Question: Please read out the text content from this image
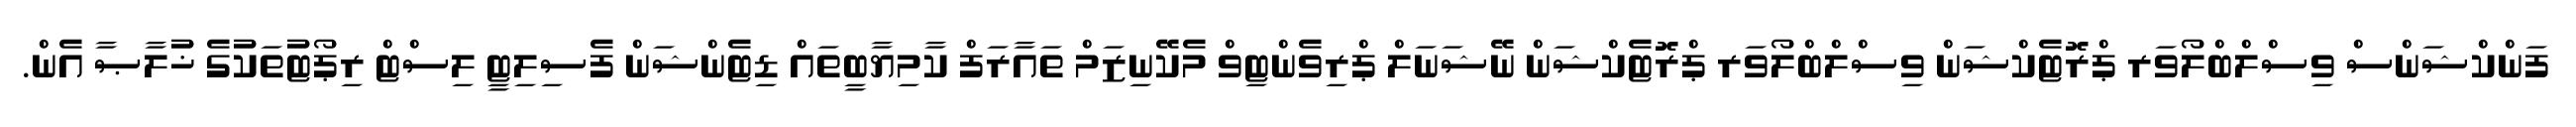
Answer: ފަންކްޝަންސް ވިސްލްބްލޯވަރ ޕްރޮޓެކްޝަން ވިސްލްބްލޯވަރ ޕްރޮޓެކްޝަން ނޭޝަނަލް ޕްރިވެންޓިވް މެކޭނިޒަމް ތައާރަފް ކާމިޔާބީތައް ޑިޓެންޝަން ފެސިލިޓީ ލިސްޓް ރިޕޯޓުތަކުގެ ޚުލާޞާ އެން.